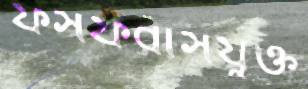
ফসফরাসযুক্ত